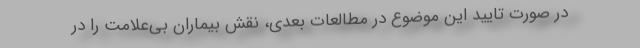
در صورت تایید این موضوع در مطالعات بعدی، نقش بیماران بی‌علامت را در